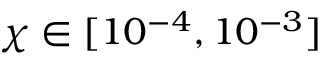
\chi \in [ 1 0 ^ { - 4 } , 1 0 ^ { - 3 } ]